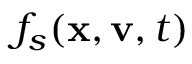
f _ { s } ( { \bf { x } } , { \bf { v } } , t )